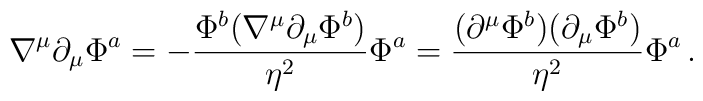
\nabla^\mu\partial_\mu\Phi^a = -{\Phi^b( \nabla^\mu\partial_\mu\Phi^b) \over \eta^2}\Phi^a={(\partial^\mu\Phi^b)(\partial_\mu\Phi^b) \over \eta^2}\Phi^a\,.